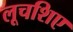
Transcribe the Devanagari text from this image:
लूचशिए